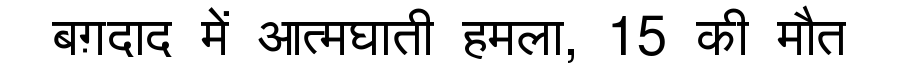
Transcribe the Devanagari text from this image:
बग़दाद में आत्मघाती हमला, 15 की मौत